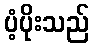
ပံ့ပိုးသည်